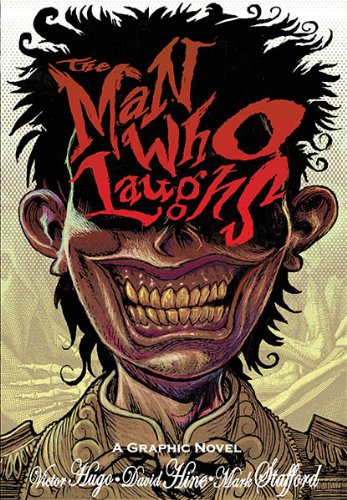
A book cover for The Man Who Laughs (SelfMadeHero); Victor Hugo; Comics & Graphic Novels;